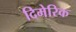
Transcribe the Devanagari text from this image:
दिमेरिक